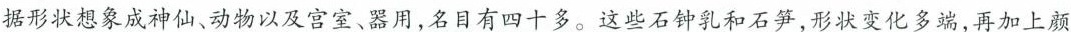
据形状想象成神仙、动物以及宫室、器用，名目有四十多。这些石钟乳和石笋，形状变化多端，再加上颜